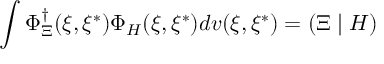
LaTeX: \int \Phi _ { \Xi } ^ { \dagger } ( \xi , \xi ^ { * } ) \Phi _ { H } ( \xi , \xi ^ { * } ) d v ( \xi , \xi ^ { * } ) = \left( \Xi \mid H \right)